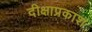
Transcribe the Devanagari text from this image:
दीक्षाप्रकाश